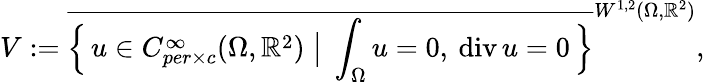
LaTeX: V:=\overline{{\Big\{ \, u\in C_{per\times c}^{\infty}(\Omega,\mathbb{R}^{2})\; \big\vert\; \int_{\Omega}u=0,\: \mathrm{div}\, u=0\, \Big\} }}^{W^{1,2}(\Omega,\mathbb{R}^{2})},